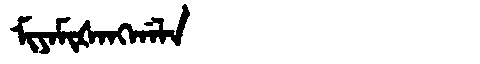
Manchu: ᠮᡳᠶᠠᠮᡳᡧᠠᠩᡤᠠᠯᠠ
Romanization: MIYAMIŠANGGALA